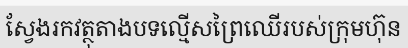
ស្វែងរកវត្ថុតាងបទល្មើសព្រៃឈើរបស់ក្រុមហ៊ុន